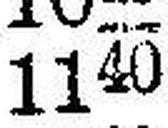
1140